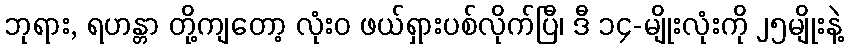
ဘုရား, ရဟန္တာ တို့ကျတော့ လုံးဝ ဖယ်ရှားပစ်လိုက်ပြီ၊ ဒီ ၁၄-မျိုးလုံးကို ၂၅မျိုးနဲ့